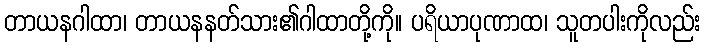
တာယနဂါထာ၊ တာယနနတ်သား၏ဂါထာတို့ကို။ ပရိယာပုဏာထ၊ သူတပါးကိုလည်း